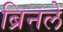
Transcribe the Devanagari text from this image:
ब्रिनले